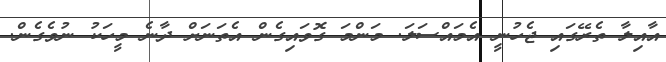
އާއިލާ ތެރޭގައި ޖެހުނީ އެމައްސަލަ. މަންމަ ގޮވައިގެން އެތަނަށް ދާނެ މީހަކު ނުވެގެން.